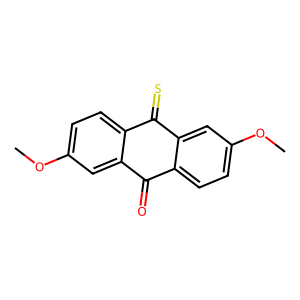
SMILES: COc1ccc2c(c1)C(=O)c1ccc(OC)cc1C2=S
Inhibits HIV replication: No